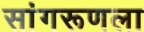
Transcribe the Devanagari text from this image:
सांगरूणला